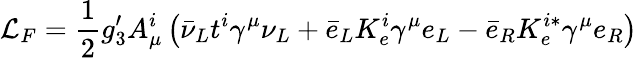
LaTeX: {\cal L}_{F}=\frac{1}{2}g_{3}^{\prime}A_{\mu}^{i}\left(\bar{\nu}_{L}t^{i}\gamma^{\mu}\nu_{L}+\bar{e}_{L}K_{e}^{i}\gamma^{\mu}e_{L}-\bar{e}_{R}K_{e}^{i\ast}\gamma^{\mu}e_{R}\right)